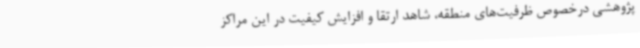
پژوهشی درخصوص ظرفیت‌های منطقه، شاهد ارتقا و افزایش کیفیت در این مراکز